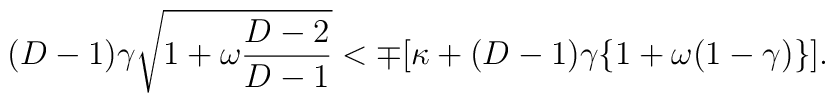
(D-1)  \gamma  \sqrt{1+ \omega\frac{D-2}{D-1}} < \mp         [ \kappa +(D-1)\gamma \{ 1+\omega (1-\gamma)\} ].